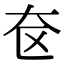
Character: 奁